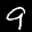
Label: 9